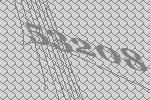
53208